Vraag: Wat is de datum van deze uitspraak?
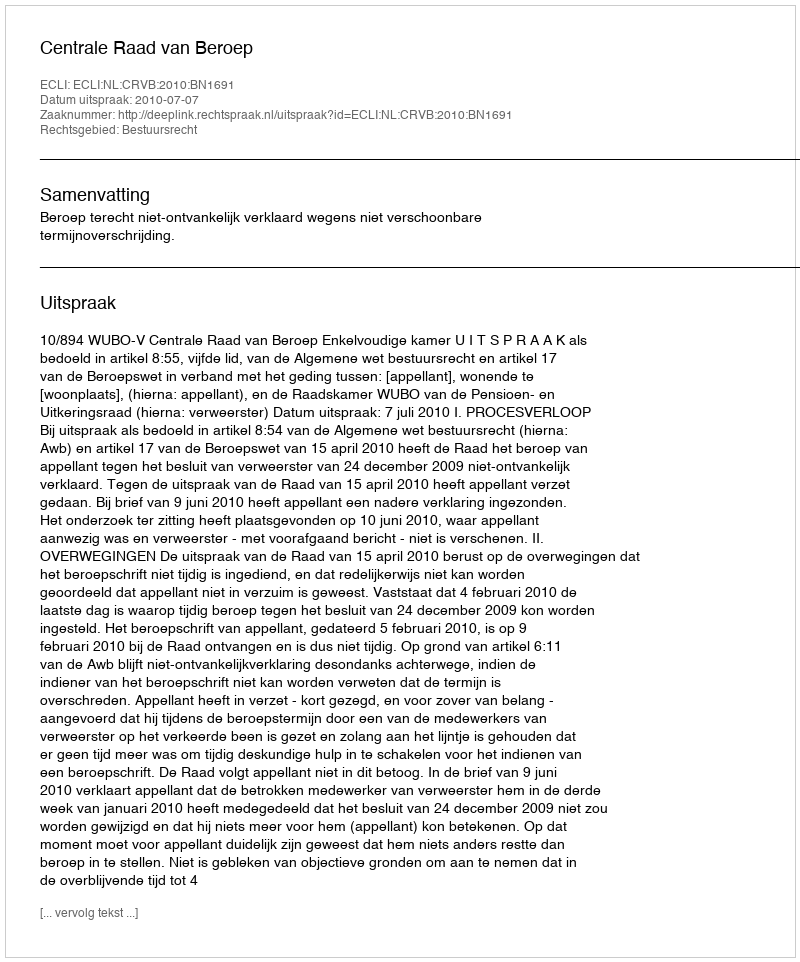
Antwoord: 2010-07-07